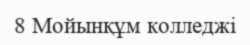
8 Мойынқұм колледжі